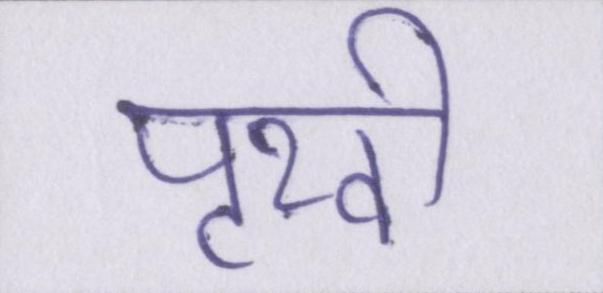
पृथ्वी